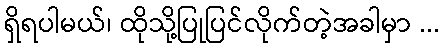
ရှိရပါမယ်၊ ထိုသို့ပြုပြင်လိုက်တဲ့အခါမှာ ...